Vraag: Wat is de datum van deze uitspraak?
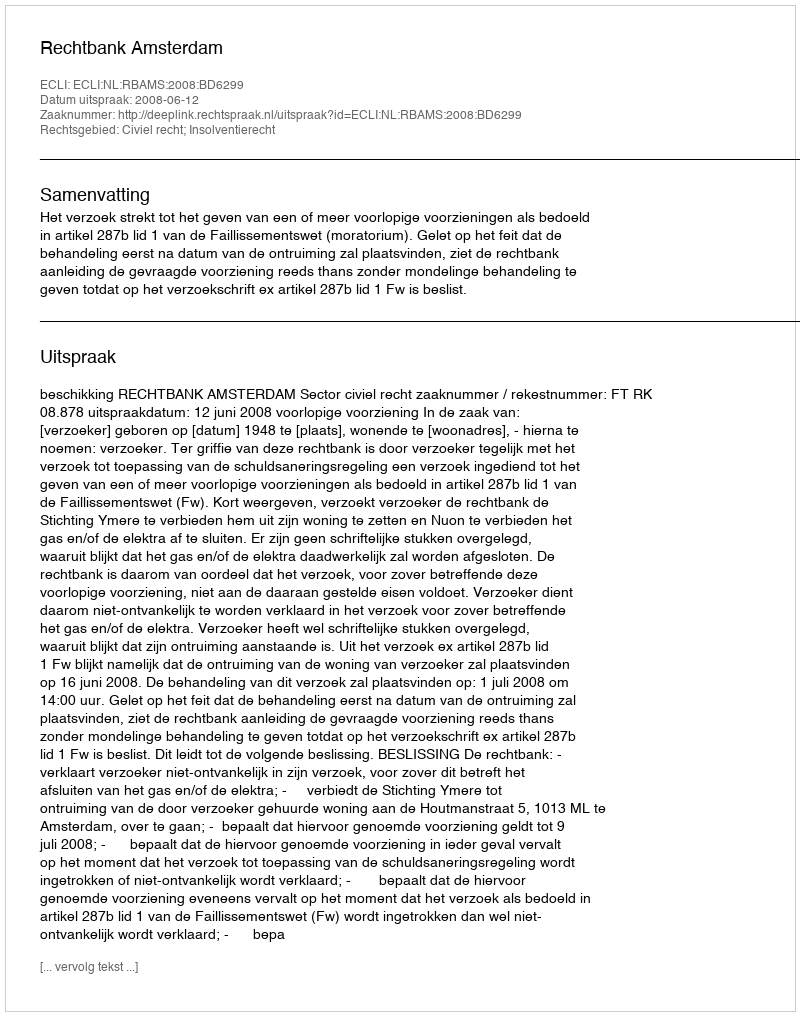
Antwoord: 2008-06-12